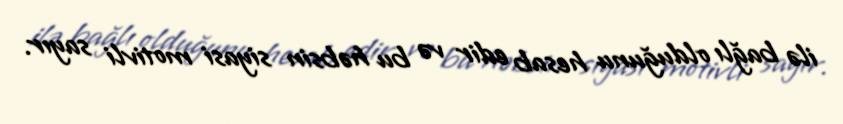
ilə bağlı olduğunu hesab edir və bu həbsin siyasi motivli sayır.